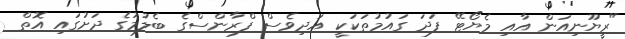
"ރީޔޫނިއަން އާއި މެޔޯޓޭ ފަދަ ގައުމުތަކަކީ އަދިވެސް ފްރާންސްގެ ބެލުމުގެ ދަށުގައި އޮތް